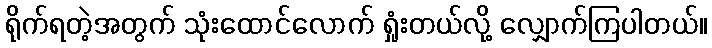
ရိုက်ရတဲ့အတွက် သုံးထောင်လောက် ရှုံးတယ်လို့ လျှောက်ကြပါတယ်။